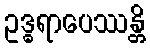
ဥဒ္ဓရာပေဿန္တိ